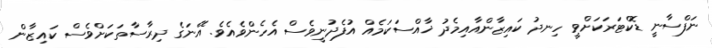
ނަފްސާނީ ޑޮކްޓަރަކަށްވީ ހިނދު ކައިޒާންއާއިމެދު ޚާއްސަކަމެއް އުފެދުނީވެސް އެހެންވެއެވެ. އޭނަގެ ދިރާސާތަކަށްވެސް ކައިޒާން